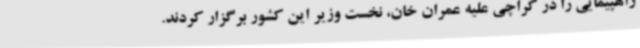
راهپیمایی را در کراچی علیه عمران خان، نخست وزیر این کشور برگزار کردند.